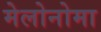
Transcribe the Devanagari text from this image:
मेलोनोमा